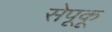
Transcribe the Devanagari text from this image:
सेपूकू